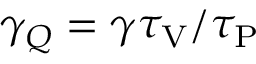
\gamma _ { Q } = { \gamma \tau _ { \mathrm { V } } } / { \tau _ { \mathrm { P } } }